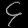
Digit: ၄